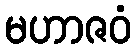
မဟာဇဝံ